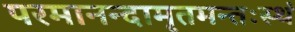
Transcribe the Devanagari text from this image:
परमानन्दामृतमन्तःस्थं